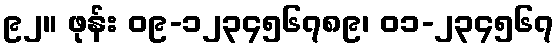
၉၂။ ဖုန်း ၀၉-၁၂၃၄၅၆၇၈၉၊ ၀၁-၂၃၄၅၆၇